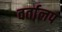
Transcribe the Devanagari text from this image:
वर्तालप